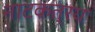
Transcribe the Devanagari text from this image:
नाटकत्रय